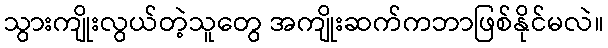
သွားကျိုးလွယ်တဲ့သူတွေ အကျိုးဆက်ကဘာဖြစ်နိုင်မလဲ။